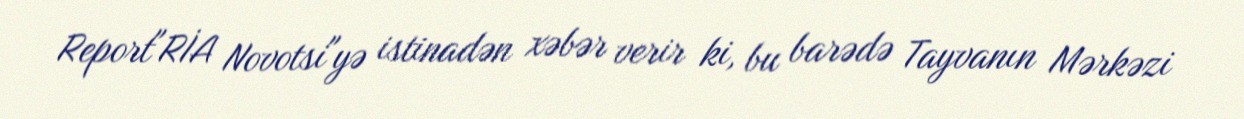
Report"RİA Novotsi"yə istinadən xəbər verir ki, bu barədə Tayvanın Mərkəzi